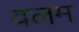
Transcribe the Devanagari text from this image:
वलम